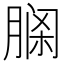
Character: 𦝹